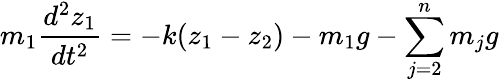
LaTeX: m_{1}\frac{d^{2}z_{1}}{dt^{2}}=-k(z_{1}-z_{2})-m_{1}g-\sum_{j=2}^{n}m_{j}g